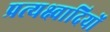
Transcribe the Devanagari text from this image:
प्रत्यक्ष्वादियों